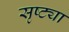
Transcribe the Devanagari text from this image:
सृष्ट्या